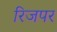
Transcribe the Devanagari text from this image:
रिजपर